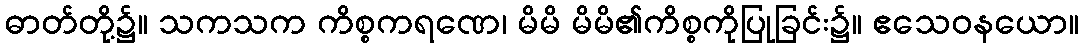
ဓာတ်တို့၌။ သကသက ကိစ္စကရဏေ၊ မိမိ မိမိ၏ကိစ္စကိုပြုခြင်း၌။ ဧသေဝနယော။